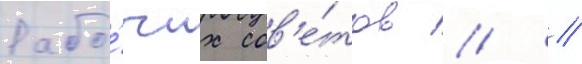
Рабо́чих сов'е́тов // //